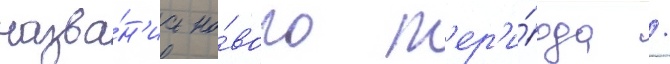
назва́н'иа но́вого п'ер'и́ода /